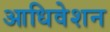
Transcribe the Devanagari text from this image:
आधिवेशन